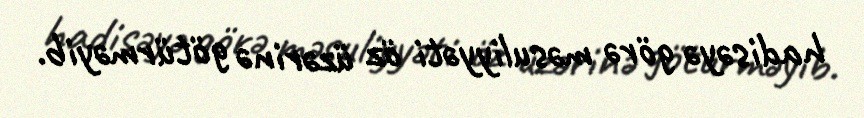
hadisəyə görə məsuliyyəti öz üzərinə götürməyib.